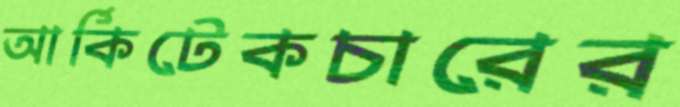
আর্কিটেকচারের